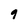
Character: 9